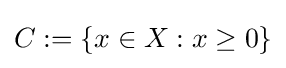
C:=\left\{x\in X:x\geq 0\right\}